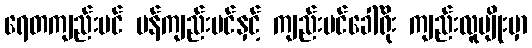
ရေတကျည်းပင် မန်ကျည်းပင်နှင့် ကျည်းပင်ခေါ်ရိုး ကျည်းလူမျိုးမှာ